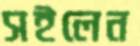
সইলেন